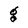
Character: g